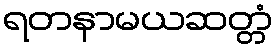
ရတနာမယဆတ္တံ